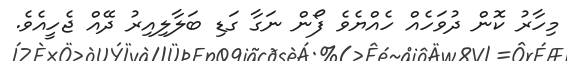
މިހާރު ކޮން ދުވަހެއް ހެއްޔެވެ ފޯން ނަގާ ގަޑި ބަލާލިއިރު ދޭއް ޖެހީއެވެ.